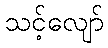
သင့်လျော်